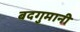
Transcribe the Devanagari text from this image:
बदगुमानी